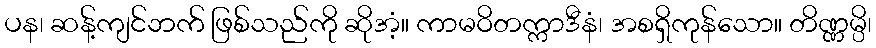
ပန၊ ဆန့်ကျင်ဘက် ဖြစ်သည်ကို ဆိုအံ့။ ကာမဝိတက္ကာဒီနံ၊ အစရှိကုန်သော။ တိဏ္ဏမ္ပိ၊